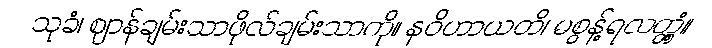
သုခံ၊ ဈာန်ချမ်းသာဖိုလ်ချမ်းသာကို။ နဝိဟာယတိ၊ မစွန့်ရလတ္တံ့။